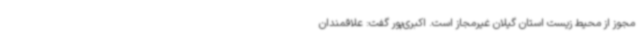
مجوز از محیط زیست استان گیلان غیرمجاز است. اکبری‌پور گفت: علاقمندان